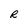
Character: R